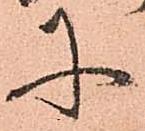
に